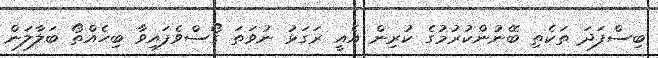
ބިސްފަދަ ތަކެތި ބޭނުންކުރުމުގެ ކުރިން އެއީ ރަގަޅު ނުވަތަ ގޯސްވެފައިވާ ބިހެއްތޯ ބަލާލަން